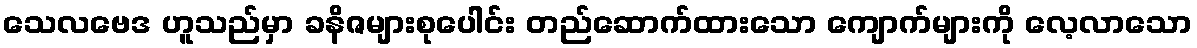
သေလဗေဒ ဟူသည်မှာ ခနိဇများစုပေါင်း တည်ဆောက်ထားသော ကျောက်များကို လေ့လာသော